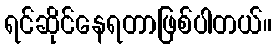
ရင်ဆိုင်နေရတာဖြစ်ပါတယ်။